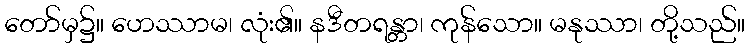
တော်မှ၌။ ဟေဿာမ၊ လုံး၏။ နဒီတရန္တာ၊ ကုန်သော။ မနုဿာ၊ တို့သည်။